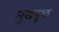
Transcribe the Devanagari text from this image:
मुखपृष्‍ठ